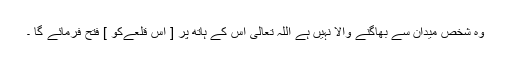
وہ شخص میدان سے بھاگنے والا نہیں ہے اللہ تعالٰی اس کے ہاتھ پر [ اس قلعےکو ] فتح فرمائے گا ۔